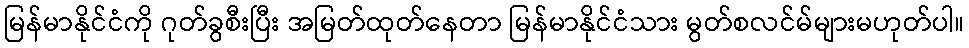
မြန်မာနိုင်ငံကို ဂုတ်ခွစီးပြီး အမြတ်ထုတ်နေတာ မြန်မာနိုင်ငံသား မွတ်စလင်မ်များမဟုတ်ပါ။